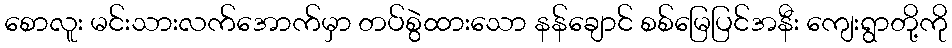
စောလူး မင်းသားလက်အောက်မှာ တပ်စွဲထားသော နန်ချောင် စစ်မြေပြင်အနီး ကျေးရွာတို့ကို